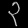
Digit: ၃